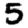
Digit: 5